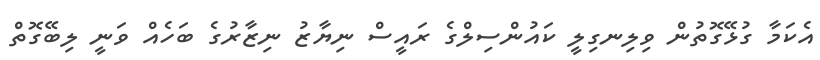
އެކަމާ ގުޅޭގޮތުން ވިލިނގިލީ ކައުންސިލްގެ ރައީސް ނިޔާޒު ނިޒާރުގެ ބަހެއް ވަނީ ލިބޭގޮތް